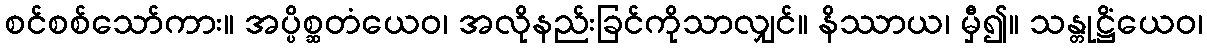
စင်စစ်သော်ကား။ အပ္ပိစ္ဆတံယေဝ၊ အလိုနည်းခြင်ကိုသာလျှင်။ နိဿာယ၊ မှီ၍။ သန္တုဋ္ဌိံယေဝ၊